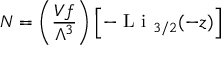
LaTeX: N = \left( { \frac { V f } { \Lambda ^ { 3 } } } \right) \left[ - { \textrm { L i } } _ { 3 / 2 } ( - z ) \right]